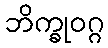
ဘိက္ခုဝဂ္ဂ